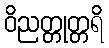
ဝိညတ္တုတ္တရိ